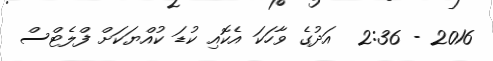
2016 - 2:36  އަދުގެ ވާހަކަ އެކޮއި ކުޑަ ކުއްޔަކަށް ފްލެޓްސް